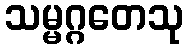
သမ္မဂ္ဂတေသု